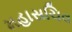
મહાસચિવ